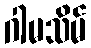
ဂါမသိမ်